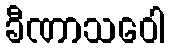
ခီဏာသဝေါ